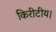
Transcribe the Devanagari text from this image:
किरीटीय।